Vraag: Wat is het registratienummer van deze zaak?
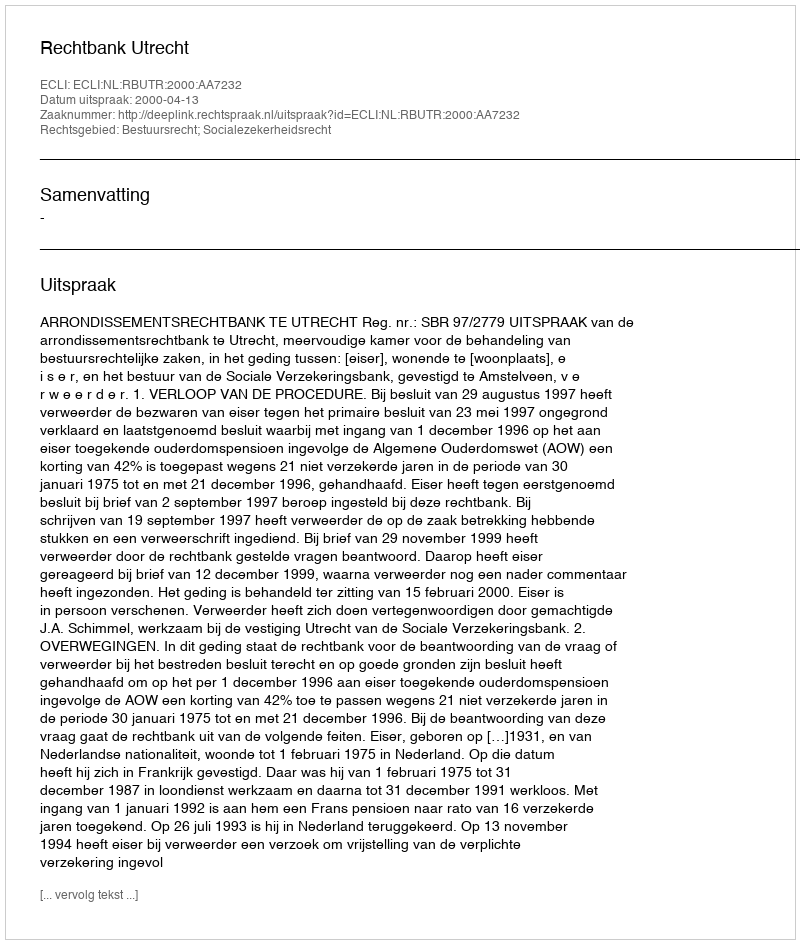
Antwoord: http://deeplink.rechtspraak.nl/uitspraak?id=ECLI:NL:RBUTR:2000:AA7232